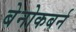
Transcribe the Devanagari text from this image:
बेनोकबर्न